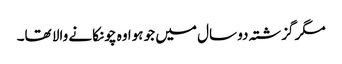
مگر گزشتہ دو سال میں جو ہوا وہ چونکانے والا تھا۔